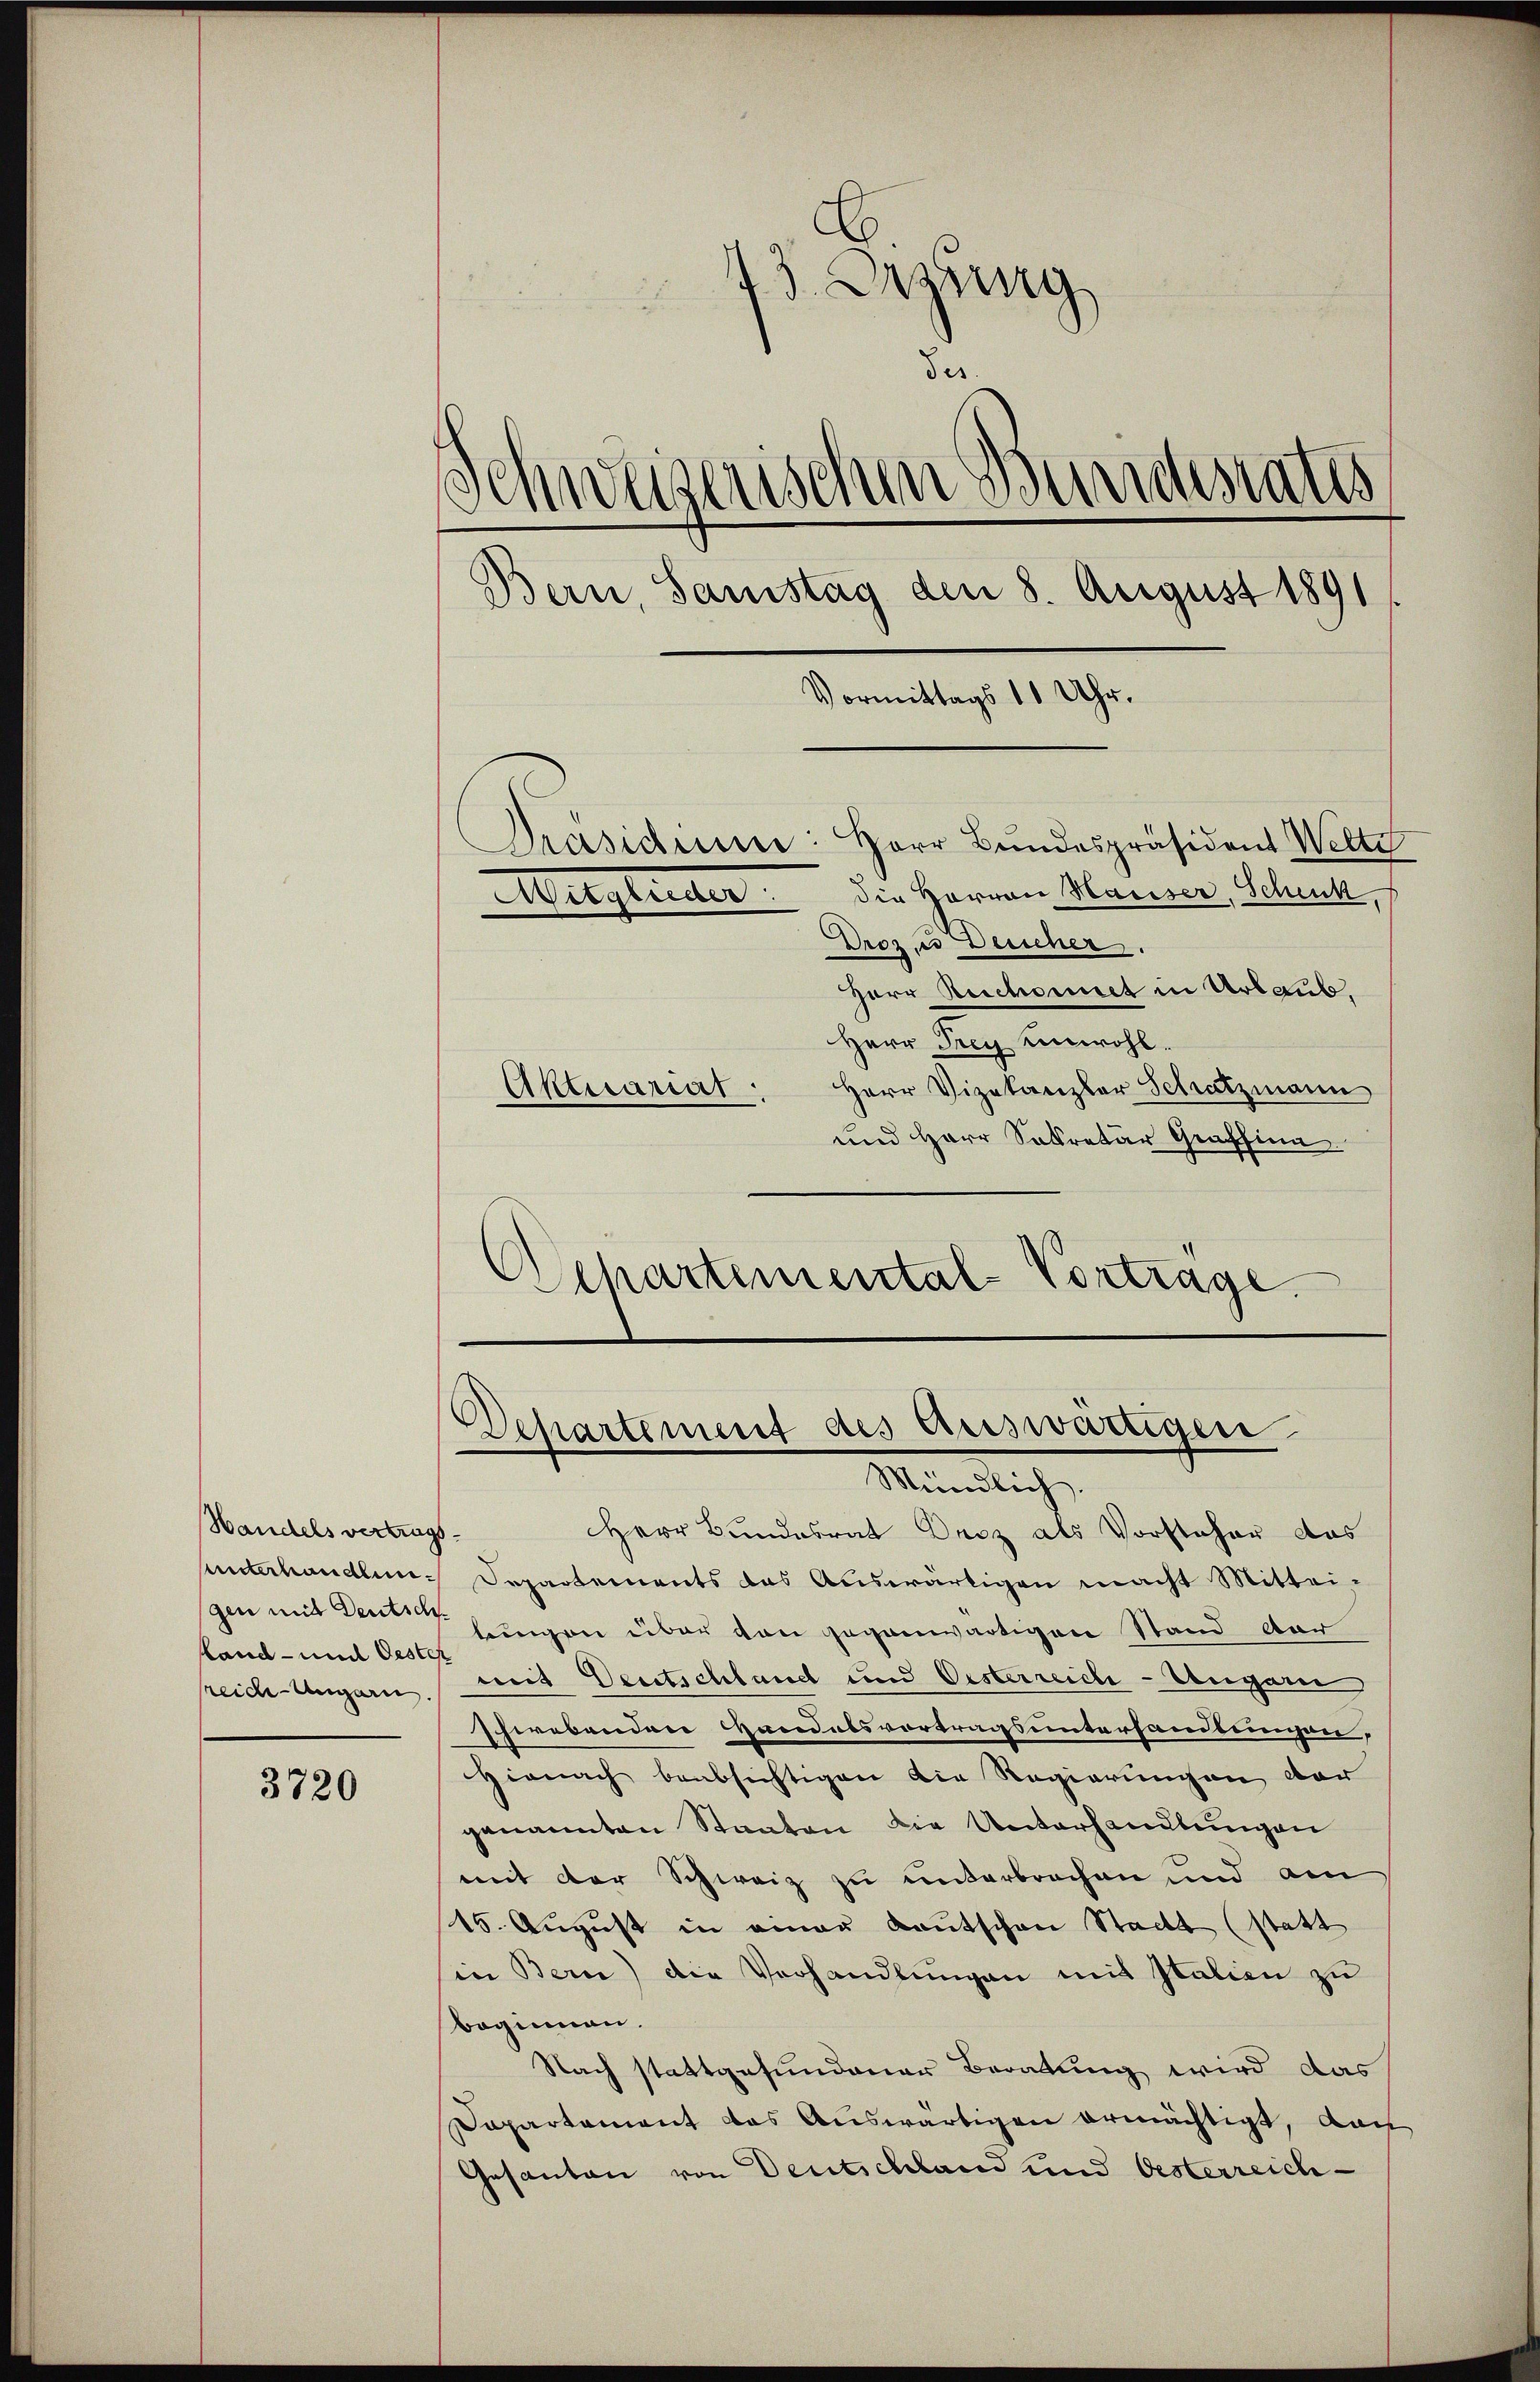
Wandels vertragssland- und Oester
sreiche Ungarn.

3720

73. Dezung
u
des.
Schweizerischen Bundesrates
Bern, Samstag den 8. August 1891
Vormittags 11 Uhr.
Präsidiu: Herr Bundespräsident Welte
Mitglieder. Die Herren Mauser, Schickt,
Drozis Deucher
Herr Reschonet in Urlaub,
Herr Frey einwohl.
Herr Vizekanzler Schatzmann
Aktuariat
und Herr Sekretär Grafsinn.

Departemental-Vortrage

Departement des Auswärtigen

Mündlich.
Herr Bundesrat Droz als Vorsteher das
Unterhandlung Departements das Auswärtigen macht Mitteigen mit Leute Eingen über den gegenwärtigen Stand dar
mit Deutschland und Oesterreich-Ungarn
Schwebenden Handelsvortragsunterhandlungen,
Hienach beabsichtigen die Regierungen der
genannten Staaten die Unterhandlungen
mit der Schweiz zu unterbrochen und am
15. August in einer Kautschen Stadt (statt
sin Bern) die Verhandlungen mit Italien zu
Beginnen.
Nach stattgefundener Beratung wird das
Dapartement das Auswärtigen ermächtigt, das
Gesanten von Deutschland und Oesterreich-